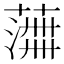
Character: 𫉰